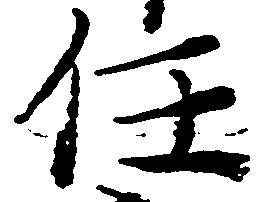
任